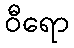
ဝီရော